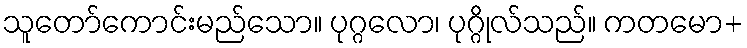
သူတော်ကောင်းမည်သော။ ပုဂ္ဂလော၊ ပုဂ္ဂိုလ်သည်။ ကတမော+